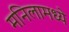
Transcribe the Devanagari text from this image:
मनिलामध्ये